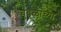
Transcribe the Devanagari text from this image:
बुबुळाच्या